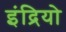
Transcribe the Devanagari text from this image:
इंद्रियो